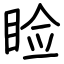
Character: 睑